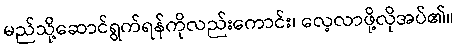
မည်သို့ဆောင်ရွက်ရန်ကိုလည်းကောင်း၊ လေ့လာဖို့လိုအပ်၏။